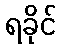
ရခိုင်